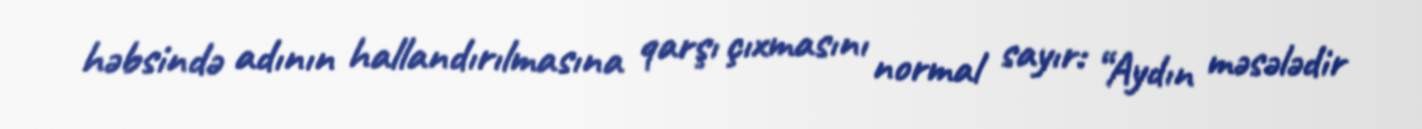
həbsində adının hallandırılmasına qarşı çıxmasını normal sayır: “Aydın məsələdir